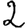
Digit: 2